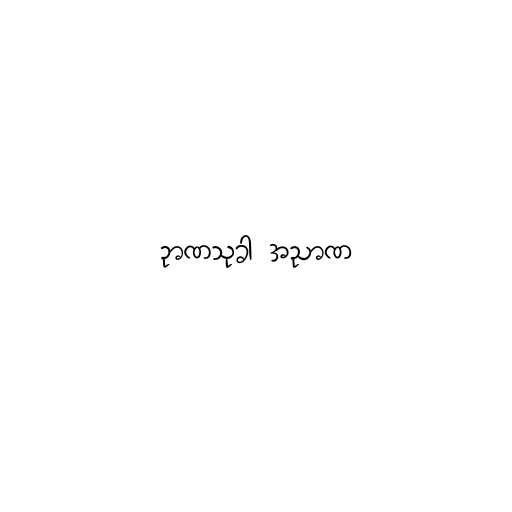
ဉာဏသုခါ အညာဏ